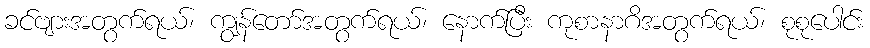
ခင်ဗျားအတွက်ရယ်၊ ကျွန်တော်အတွက်ရယ်၊ နောက်ပြီး ကုစာနာဂိအတွက်ရယ်၊ စုစုပေါင်း